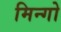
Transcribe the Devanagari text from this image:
मिन्गो